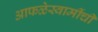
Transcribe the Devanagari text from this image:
आफळेस्वामींची